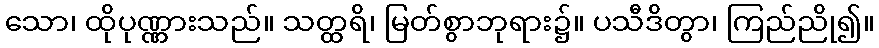
သော၊ ထိုပုဏ္ဏားသည်။ သတ္ထရိ၊ မြတ်စွာဘုရား၌။ ပသီဒိတွာ၊ ကြည်ညို၍။